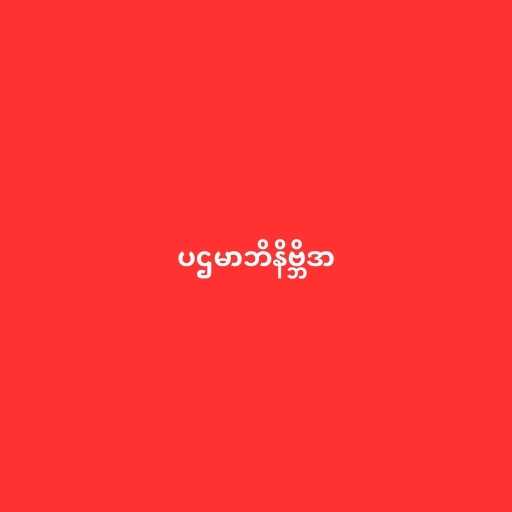
ပဌမာဘိနိဗ္ဘိဒာ